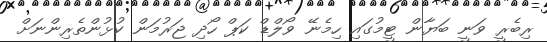
ރިބެރީ ވަނީ ބަޔާން ޓީމުގައި ހިމެނޭ ވޯލްޑް ކަޕް ހޯދި ޖަރުމަން ކުޅުންތެރިންނަށް